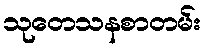
သုတေသနစာတမ်း